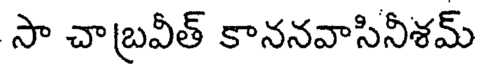
సా చాబ్రవీత్ కాననవాసినీశమ్